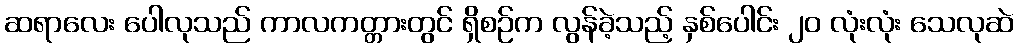
ဆရာလေး ပေါလုသည် ကာလကတ္တားတွင် ရှိစဉ်က လွန်ခဲ့သည့် နှစ်ပေါင်း ၂၀ လုံးလုံး သေလုဆဲ